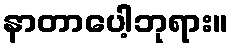
နာတာပေါ့ဘုရား။